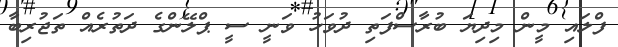
ފްލައި މީން މިދިޔަ ބުރާސްފަތި ދުވަހު ވަނީ ސީ ޕްލޭންގެ ދަތުރެއް ތަޖުރިބާ